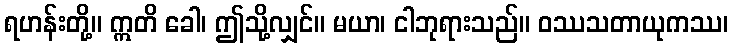
ရဟန်းတို့။ ဣတိ ခေါ၊ ဤသို့လျှင်။ မယာ၊ ငါဘုရားသည်။ ဝဿသတာယုကဿ၊